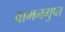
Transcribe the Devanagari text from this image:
वामनगुप्त